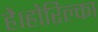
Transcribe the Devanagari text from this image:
है।होरिल्का